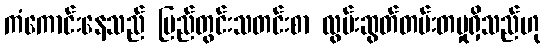
ကံကောင်းနေသည် ပြည်တွင်းသတင်းစာ လွမ်းဆွတ်တမ်းတမှုရှိသည်ဟု